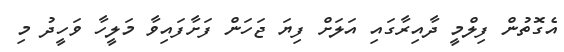
އެގޮތުން ފިލްމީ ދާއިރާގައި އަލަށް ފިޔަ ޖަހަން ފަށާފައިވާ މަލީހާ ވަހީދު މި